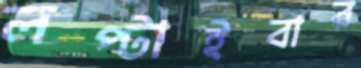
লপ্‌টাইবার